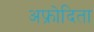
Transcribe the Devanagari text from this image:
अफ्रोदिता